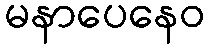
မနာပေနေဝ